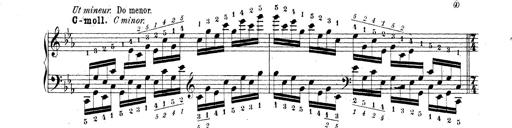
Title: Technische Studien
Composer: Franz Liszt